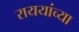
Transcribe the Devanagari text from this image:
राययांच्या